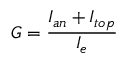
G = \frac { I _ { a n } + I _ { t o p } } { I _ { e } }